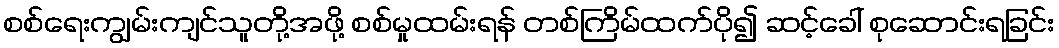
စစ်ရေးကျွမ်းကျင်သူတို့အဖို့ စစ်မှုထမ်းရန် တစ်ကြိမ်ထက်ပို၍ ဆင့်ခေါ် စုဆောင်းရခြင်း